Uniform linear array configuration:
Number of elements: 12
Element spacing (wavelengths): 0.75
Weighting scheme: cosine
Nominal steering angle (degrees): -15
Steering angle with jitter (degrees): -16.749
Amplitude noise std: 0.05
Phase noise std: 0.05

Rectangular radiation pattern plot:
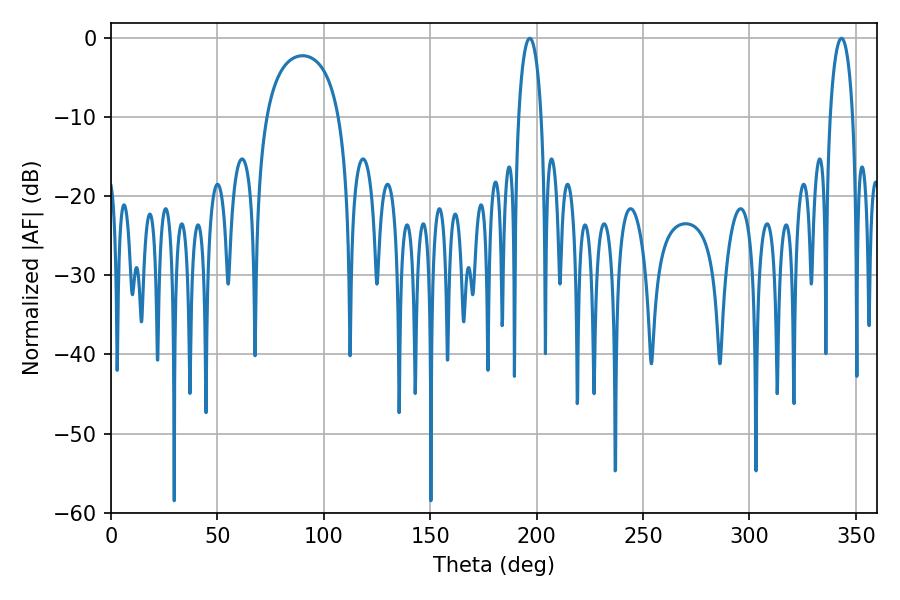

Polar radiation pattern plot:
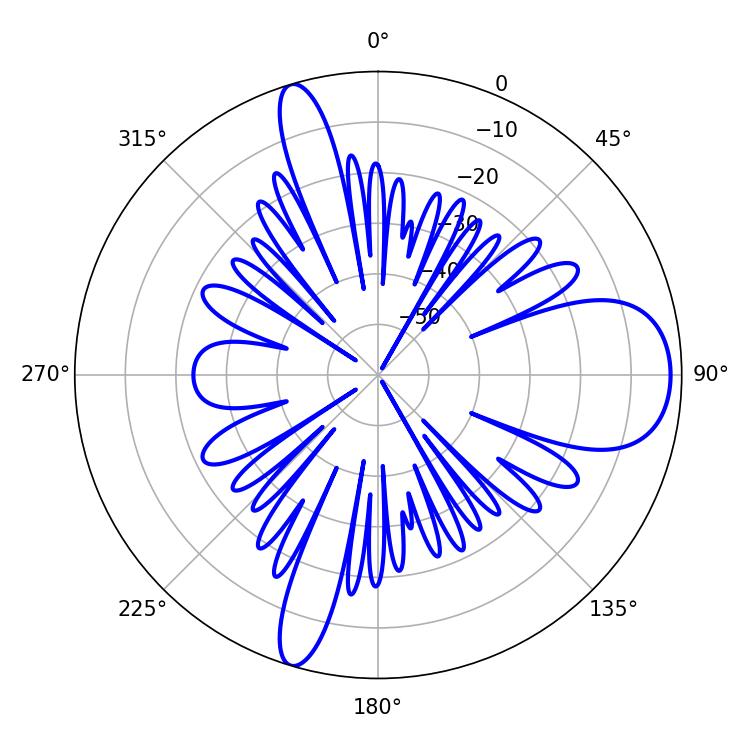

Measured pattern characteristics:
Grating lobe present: TRUE
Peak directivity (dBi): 10.389
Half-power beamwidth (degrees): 6.12
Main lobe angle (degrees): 196.74